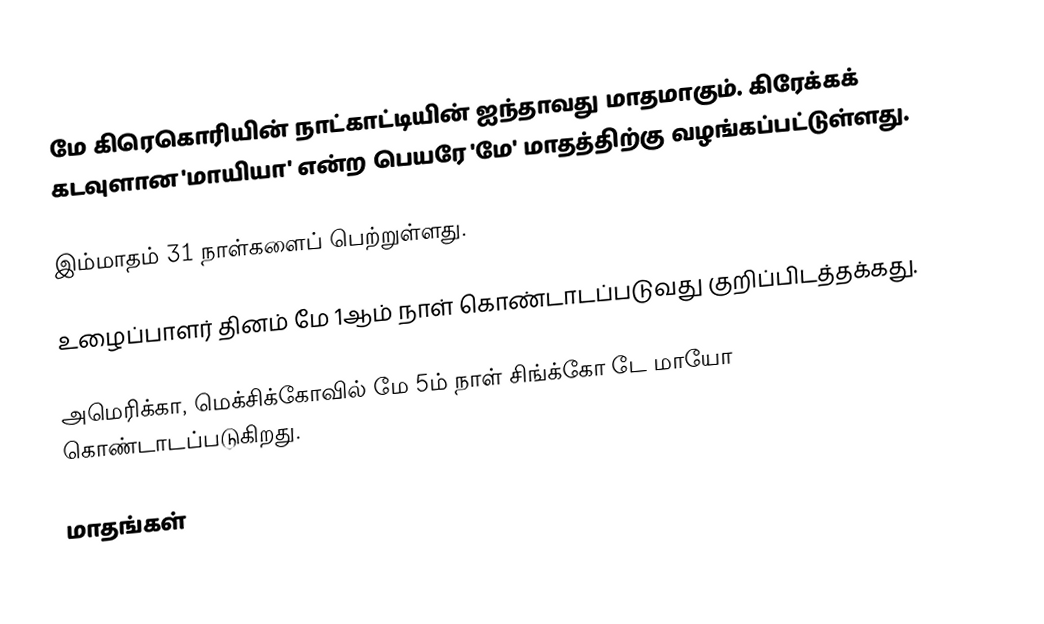
மே கிரெகொரியின் நாட்காட்டியின் ஐந்தாவது மாதமாகும். கிரேக்கக் கடவுளான 'மாயியா' என்ற பெயரே 'மே' மாதத்திற்கு வழங்கப்பட்டுள்ளது.

இம்மாதம் 31 நாள்களைப் பெற்றுள்ளது.

உழைப்பாளர் தினம் மே 1ஆம் நாள் கொண்டாடப்படுவது குறிப்பிடத்தக்கது.

அமெரிக்கா, மெக்சிக்கோவில் மே 5ம் நாள் சிங்க்கோ டே மாயோ கொண்டாடப்படுகிறது.

மாதங்கள்